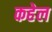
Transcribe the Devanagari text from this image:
कहेल